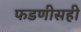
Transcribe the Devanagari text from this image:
फडणीसही